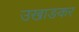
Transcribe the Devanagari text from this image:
उखाङकर